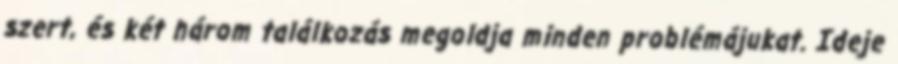
szert, és két három találkozás megoldja minden problémájukat. Ideje